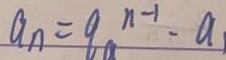
a _ { n } = 9 _ { a } ^ { n - 1 } \cdot a